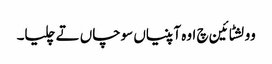
وولشٹائین چ اوہ آپنیاں سوچاں تے چلیا۔